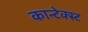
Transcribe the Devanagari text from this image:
कान्टेक्स्ट